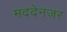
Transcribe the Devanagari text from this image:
मददेनजर